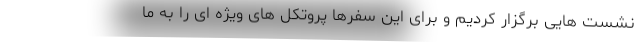
نشست هایی برگزار کردیم و برای این سفرها پروتکل های ویژه ای را به ما